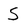
Character: S